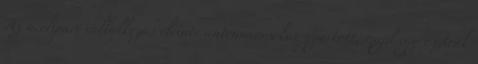
Az acélipari vállalkozás eleinte antennaorsókat gyártott, majd egy osztrák